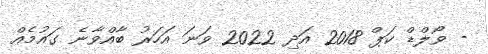
- ވޯލްޑް ކަޕް 2018 އަދި 2022 ވަނަ އަހަރު ބާއްވާނެ ގައުމެއް